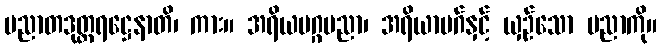
ပညာတဒုတ္တရဋ္ဌေနာတိ၊ ကား။ အရိယမဂ္ဂပညာ၊ အရိယာမဂ်နှင့် ယှဉ်သော ပညာကို။